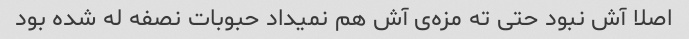
اصلا آش نبود حتی ته مزه‌ی آش هم نمیداد حبوبات نصفه له شده بود